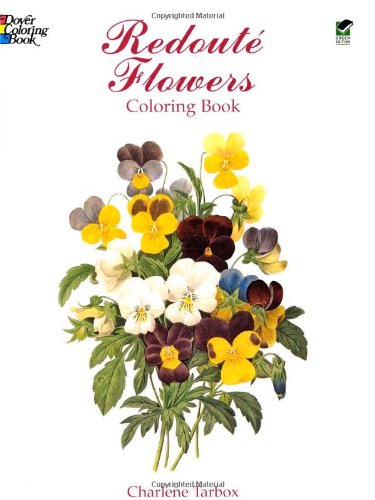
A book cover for RedoutÃ© Flowers Coloring Book (Dover Nature Coloring Book); Charlene Tarbox; Children's Books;